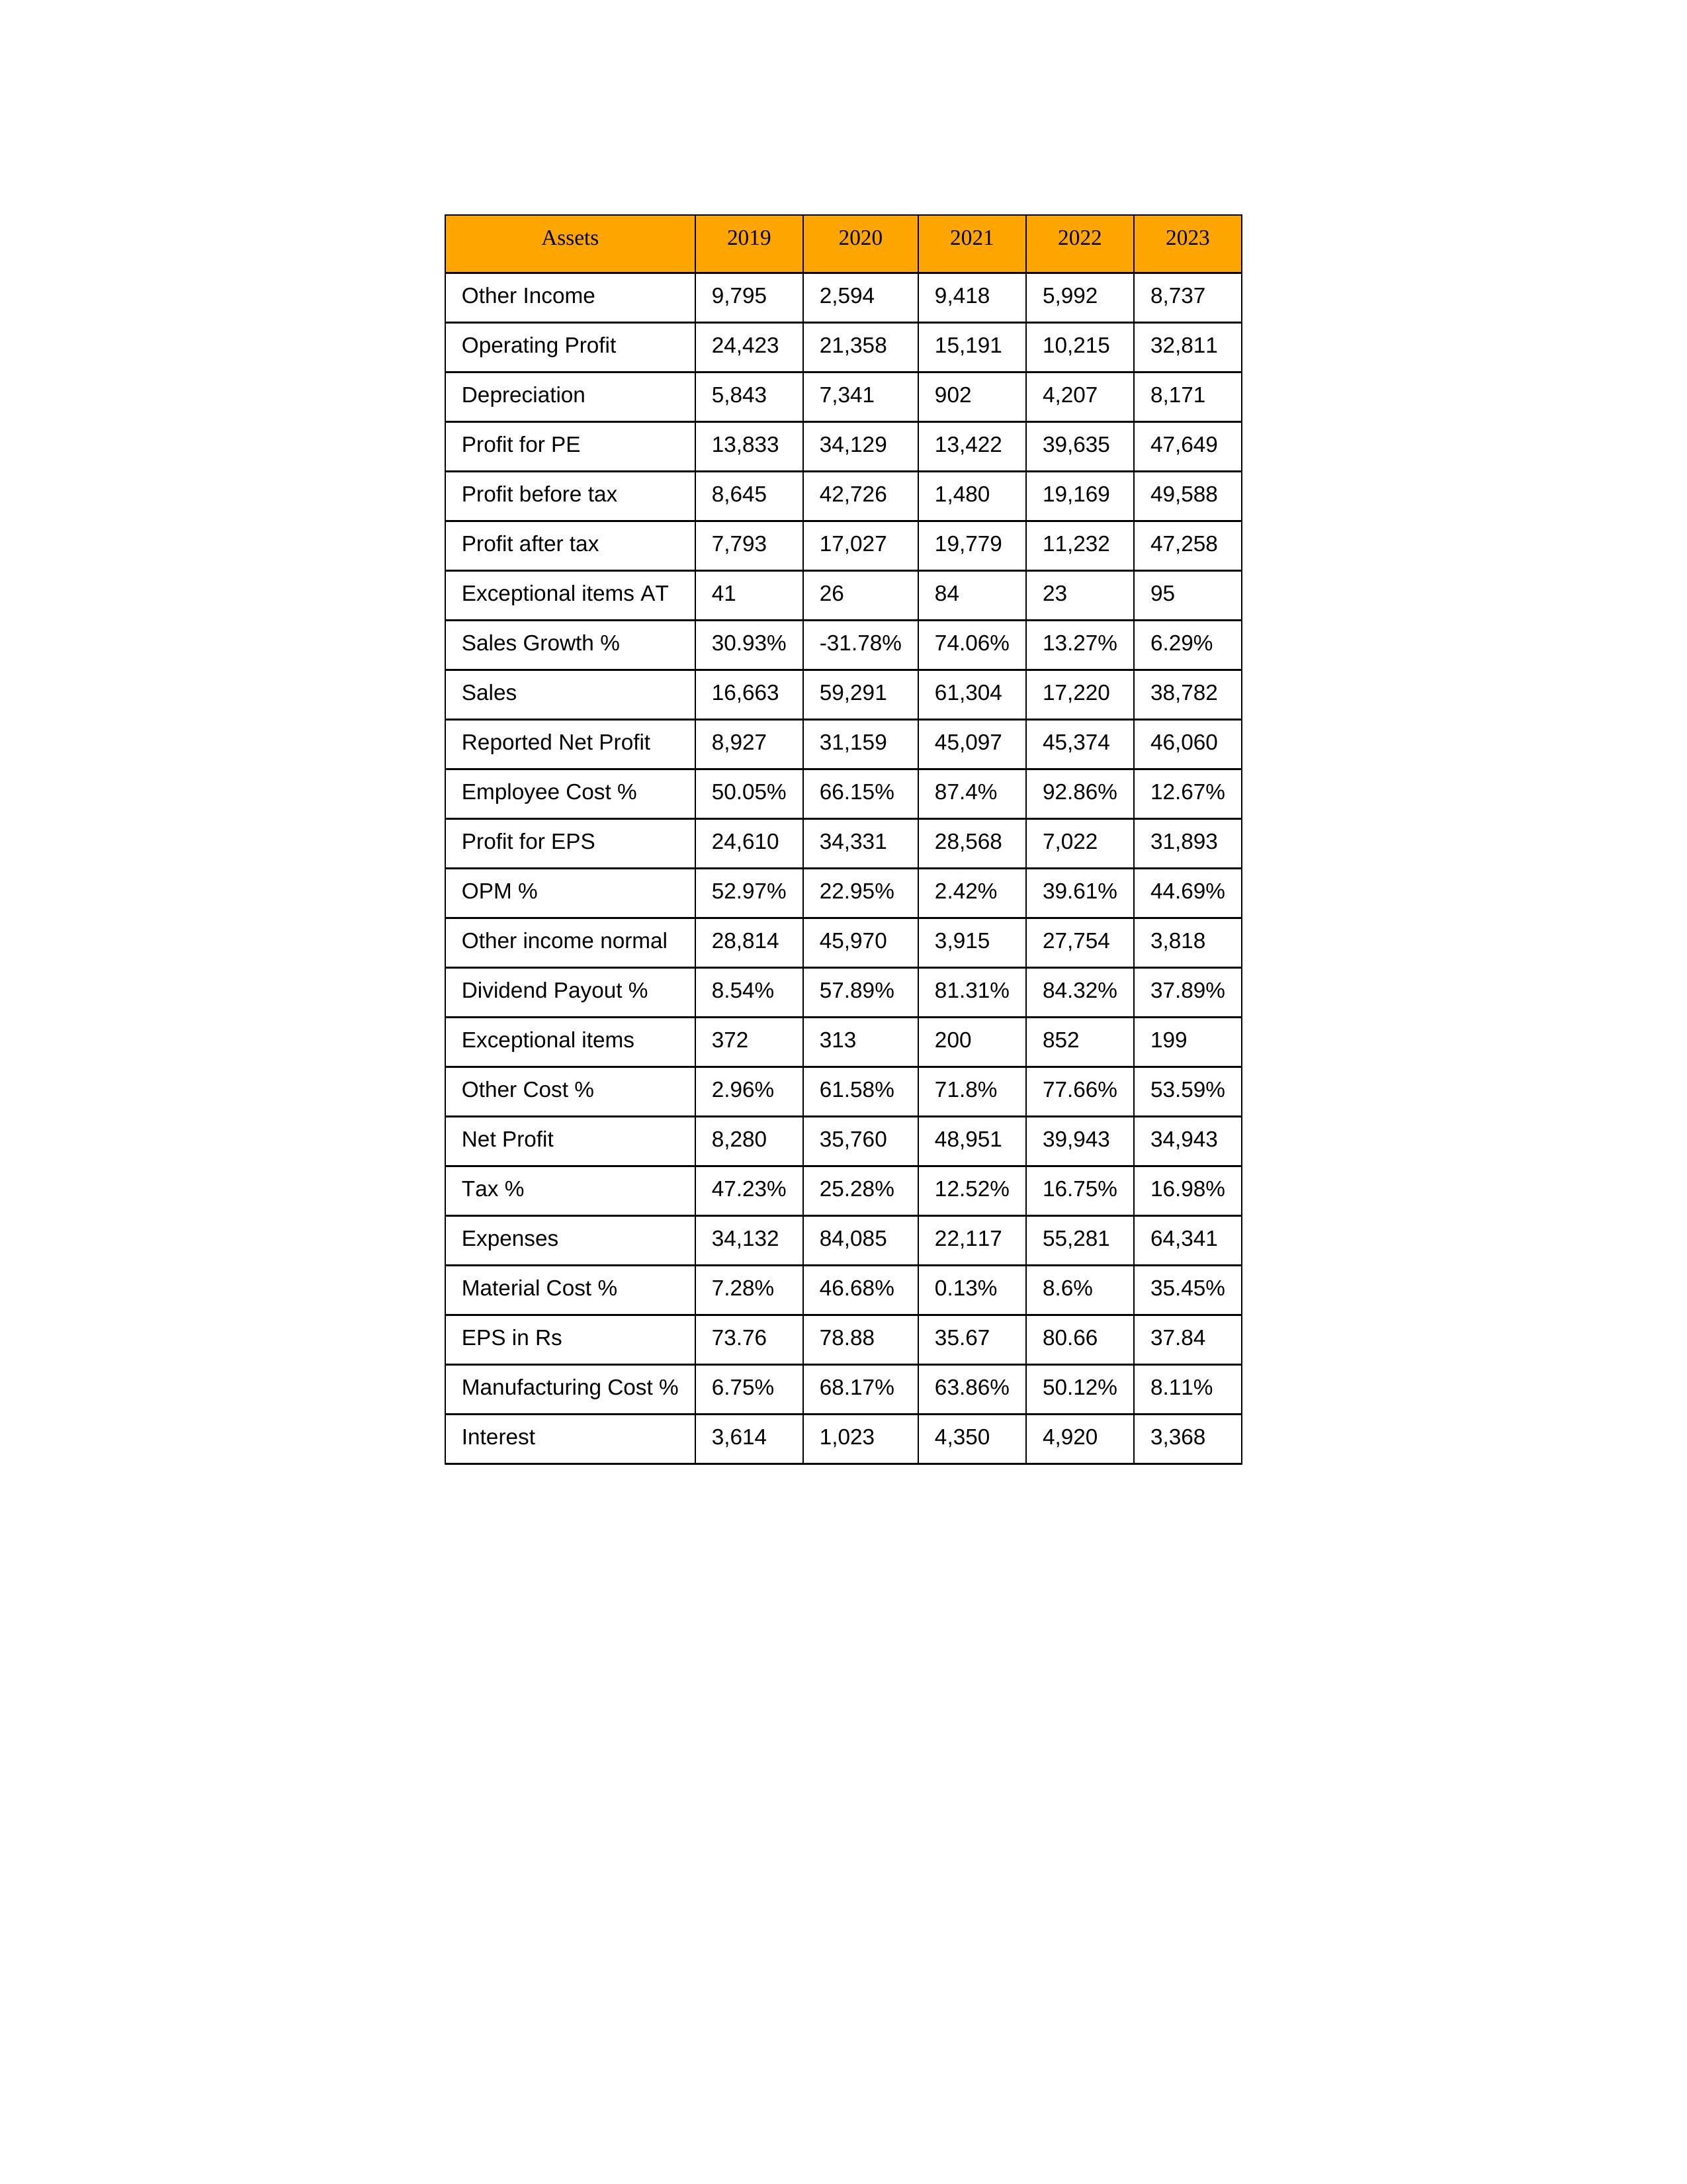
gt_parse: 2019: Sales: 16,663
Sales Growth %: 30.93%
Expenses: 34,132
Material Cost %: 7.28%
Manufacturing Cost %: 6.75%
Employee Cost %: 50.05%
Other Cost %: 2.96%
Operating Profit: 24,423
OPM %: 52.97%
Other Income: 9,795
Exceptional items: 372
Other income normal: 28,814
Interest: 3,614
Depreciation: 5,843
Profit before tax: 8,645
Tax %: 47.23%
Net Profit: 8,280
Profit after tax: 7,793
Reported Net Profit: 8,927
Profit for EPS: 24,610
Exceptional items AT: 41
Profit for PE: 13,833
EPS in Rs: 73.76
Dividend Payout %: 8.54%
2020: Sales: 59,291
Sales Growth %: -31.78%
Expenses: 84,085
Material Cost %: 46.68%
Manufacturing Cost %: 68.17%
Employee Cost %: 66.15%
Other Cost %: 61.58%
Operating Profit: 21,358
OPM %: 22.95%
Other Income: 2,594
Exceptional items: 313
Other income normal: 45,970
Interest: 1,023
Depreciation: 7,341
Profit before tax: 42,726
Tax %: 25.28%
Net Profit: 35,760
Profit after tax: 17,027
Reported Net Profit: 31,159
Profit for EPS: 34,331
Exceptional items AT: 26
Profit for PE: 34,129
EPS in Rs: 78.88
Dividend Payout %: 57.89%
2021: Sales: 61,304
Sales Growth %: 74.06%
Expenses: 22,117
Material Cost %: 0.13%
Manufacturing Cost %: 63.86%
Employee Cost %: 87.4%
Other Cost %: 71.8%
Operating Profit: 15,191
OPM %: 2.42%
Other Income: 9,418
Exceptional items: 200
Other income normal: 3,915
Interest: 4,350
Depreciation: 902
Profit before tax: 1,480
Tax %: 12.52%
Net Profit: 48,951
Profit after tax: 19,779
Reported Net Profit: 45,097
Profit for EPS: 28,568
Exceptional items AT: 84
Profit for PE: 13,422
EPS in Rs: 35.67
Dividend Payout %: 81.31%
2022: Sales: 17,220
Sales Growth %: 13.27%
Expenses: 55,281
Material Cost %: 8.6%
Manufacturing Cost %: 50.12%
Employee Cost %: 92.86%
Other Cost %: 77.66%
Operating Profit: 10,215
OPM %: 39.61%
Other Income: 5,992
Exceptional items: 852
Other income normal: 27,754
Interest: 4,920
Depreciation: 4,207
Profit before tax: 19,169
Tax %: 16.75%
Net Profit: 39,943
Profit after tax: 11,232
Reported Net Profit: 45,374
Profit for EPS: 7,022
Exceptional items AT: 23
Profit for PE: 39,635
EPS in Rs: 80.66
Dividend Payout %: 84.32%
2023: Sales: 38,782
Sales Growth %: 6.29%
Expenses: 64,341
Material Cost %: 35.45%
Manufacturing Cost %: 8.11%
Employee Cost %: 12.67%
Other Cost %: 53.59%
Operating Profit: 32,811
OPM %: 44.69%
Other Income: 8,737
Exceptional items: 199
Other income normal: 3,818
Interest: 3,368
Depreciation: 8,171
Profit before tax: 49,588
Tax %: 16.98%
Net Profit: 34,943
Profit after tax: 47,258
Reported Net Profit: 46,060
Profit for EPS: 31,893
Exceptional items AT: 95
Profit for PE: 47,649
EPS in Rs: 37.84
Dividend Payout %: 37.89%